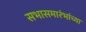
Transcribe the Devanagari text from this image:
सभासमारंभांच्या